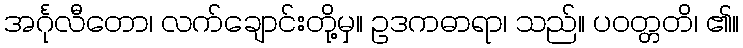
အင်္ဂုလီတော၊ လက်ချောင်းတို့မှ။ ဥဒကဓာရာ၊ သည်။ ပဝတ္တတိ၊ ၏။